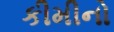
કીમીનો